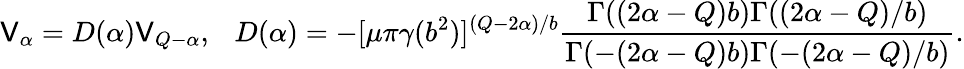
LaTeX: \mathsf{V}_{\alpha}=D(\alpha)\mathsf{V}_{Q-\alpha},~~~D(\alpha)=-[\mu\pi\gamma(b^{2})]^{(Q-2\alpha)/b}\frac{{\Gamma((2\alpha-Q)b)\Gamma((2\alpha-Q)/b)}}{{\Gamma(-(2\alpha-Q)b)\Gamma(-(2\alpha-Q)/b)}}.